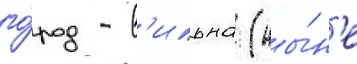
го́род - в'ильна (ны́н'е